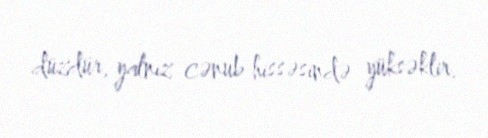
düzdür, yalnız cənub hissəsində yüksəklir.